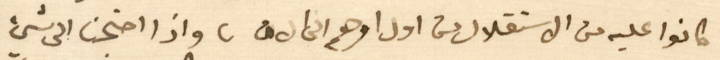
كانوا عليه من الاستقلال من اول امرهم الى الان، واذا احتجنا الى شيئ